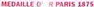
MLDAILLE O R PARIS 1875